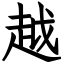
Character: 越